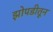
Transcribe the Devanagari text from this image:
झोपडीतून